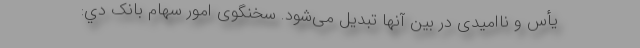
یأس و ناامیدی در بین آنها تبدیل می‌شود. سخنگوی امور سهام بانک دي: